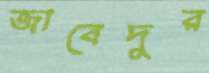
জাবেদুর